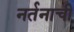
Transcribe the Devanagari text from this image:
नर्तनाची